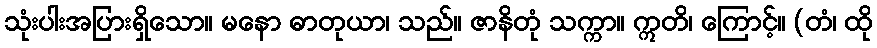
သုံးပါးအပြားရှိသော။ မနော ဓာတုယာ၊ သည်။ ဇာနိတုံ သက္ကာ။ ဣတိ၊ ကြောင့်။ (တံ၊ ထို